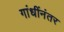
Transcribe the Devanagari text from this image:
गांधींनंतर